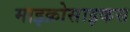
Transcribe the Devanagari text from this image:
माइक्रोसाइकस